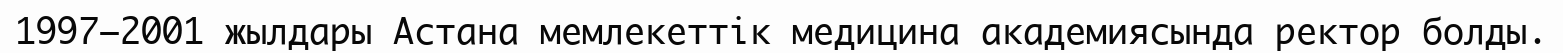
1997–2001 жылдары Астана мемлекеттік медицина академиясында ректор болды.